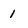
Character: 1